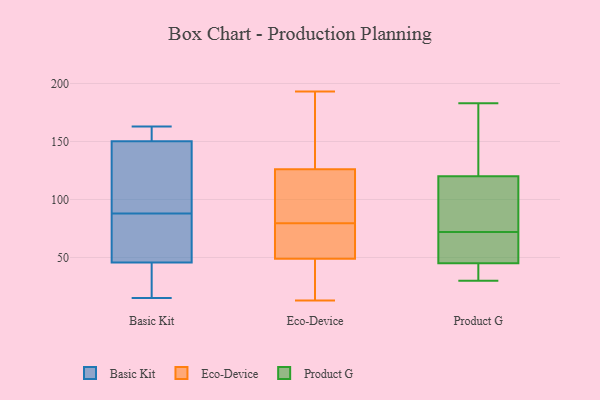
{"axis": {"x": "Revenue (USD Million)", "y": "Value"}, "legend": ["Basic Kit", "Eco-Device", "Product G"], "data": [{"x": "", "y": 148, "type": "Basic Kit"}, {"x": "", "y": 157, "type": "Basic Kit"}, {"x": "", "y": 124, "type": "Basic Kit"}, {"x": "", "y": 69, "type": "Basic Kit"}, {"x": "", "y": 88, "type": "Basic Kit"}, {"x": "", "y": 163, "type": "Basic Kit"}, {"x": "", "y": 162, "type": "Basic Kit"}, {"x": "", "y": 21, "type": "Basic Kit"}, {"x": "", "y": 76, "type": "Basic Kit"}, {"x": "", "y": 15, "type": "Basic Kit"}, {"x": "", "y": 48, "type": "Basic Kit"}, {"x": "", "y": 115, "type": "Basic Kit"}, {"x": "", "y": 39, "type": "Basic Kit"}, {"x": "", "y": 88, "type": "Eco-Device"}, {"x": "", "y": 151, "type": "Eco-Device"}, {"x": "", "y": 31, "type": "Eco-Device"}, {"x": "", "y": 159, "type": "Eco-Device"}, {"x": "", "y": 45, "type": "Eco-Device"}, {"x": "", "y": 78, "type": "Eco-Device"}, {"x": "", "y": 63, "type": "Eco-Device"}, {"x": "", "y": 56, "type": "Eco-Device"}, {"x": "", "y": 49, "type": "Eco-Device"}, {"x": "", "y": 193, "type": "Eco-Device"}, {"x": "", "y": 76, "type": "Eco-Device"}, {"x": "", "y": 13, "type": "Eco-Device"}, {"x": "", "y": 151, "type": "Eco-Device"}, {"x": "", "y": 103, "type": "Eco-Device"}, {"x": "", "y": 114, "type": "Eco-Device"}, {"x": "", "y": 49, "type": "Eco-Device"}, {"x": "", "y": 81, "type": "Eco-Device"}, {"x": "", "y": 116, "type": "Eco-Device"}, {"x": "", "y": 18, "type": "Eco-Device"}, {"x": "", "y": 136, "type": "Eco-Device"}, {"x": "", "y": 113, "type": "Product G"}, {"x": "", "y": 45, "type": "Product G"}, {"x": "", "y": 60, "type": "Product G"}, {"x": "", "y": 84, "type": "Product G"}, {"x": "", "y": 120, "type": "Product G"}, {"x": "", "y": 183, "type": "Product G"}, {"x": "", "y": 139, "type": "Product G"}, {"x": "", "y": 56, "type": "Product G"}, {"x": "", "y": 38, "type": "Product G"}, {"x": "", "y": 30, "type": "Product G"}]}